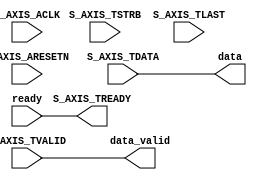
module axi4_stream_reader #
  (
   parameter integer C_S_AXIS_TDATA_WIDTH = 32
   )
  (
   /* axi4-stream ports */
   input wire                                  S_AXIS_ACLK,
   input wire                                  S_AXIS_ARESETN,
   output wire                                 S_AXIS_TREADY,
   input wire [C_S_AXIS_TDATA_WIDTH-1 : 0]     S_AXIS_TDATA,
   input wire [(C_S_AXIS_TDATA_WIDTH/8)-1 : 0] S_AXIS_TSTRB,
   input wire                                  S_AXIS_TLAST,
   input wire                                  S_AXIS_TVALID,
   /* control signals */
   input wire                                  ready,
   output wire                                 data_valid,
   output wire [C_S_AXIS_TDATA_WIDTH-1:0]      data
   // FIXME: data_last
   );

  /* io connections */
  assign S_AXIS_TREADY = ready;
  assign data_valid = S_AXIS_TVALID;
  assign data = S_AXIS_TDATA;

endmodule